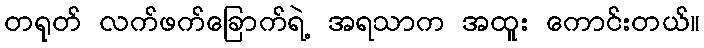
တရုတ် လက်ဖက်ခြောက်ရဲ့ အရသာက အထူး ကောင်းတယ်။